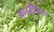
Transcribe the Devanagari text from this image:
ब्रान्डीकरण